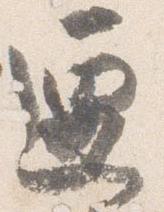
遷